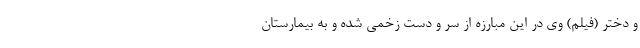
و دختر (فیلم) وی در این مبارزه از سر و دست زخمی شده و به بیمارستان